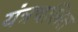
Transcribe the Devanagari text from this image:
यंत्रचलित